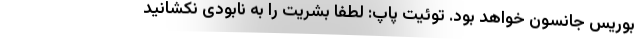
بوریس جانسون خواهد بود. توئیت پاپ: لطفا بشریت را به نابودی نکشانید